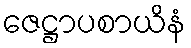
ဇေဋ္ဌာပစာယိနံ